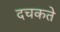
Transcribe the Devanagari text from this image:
दचकते